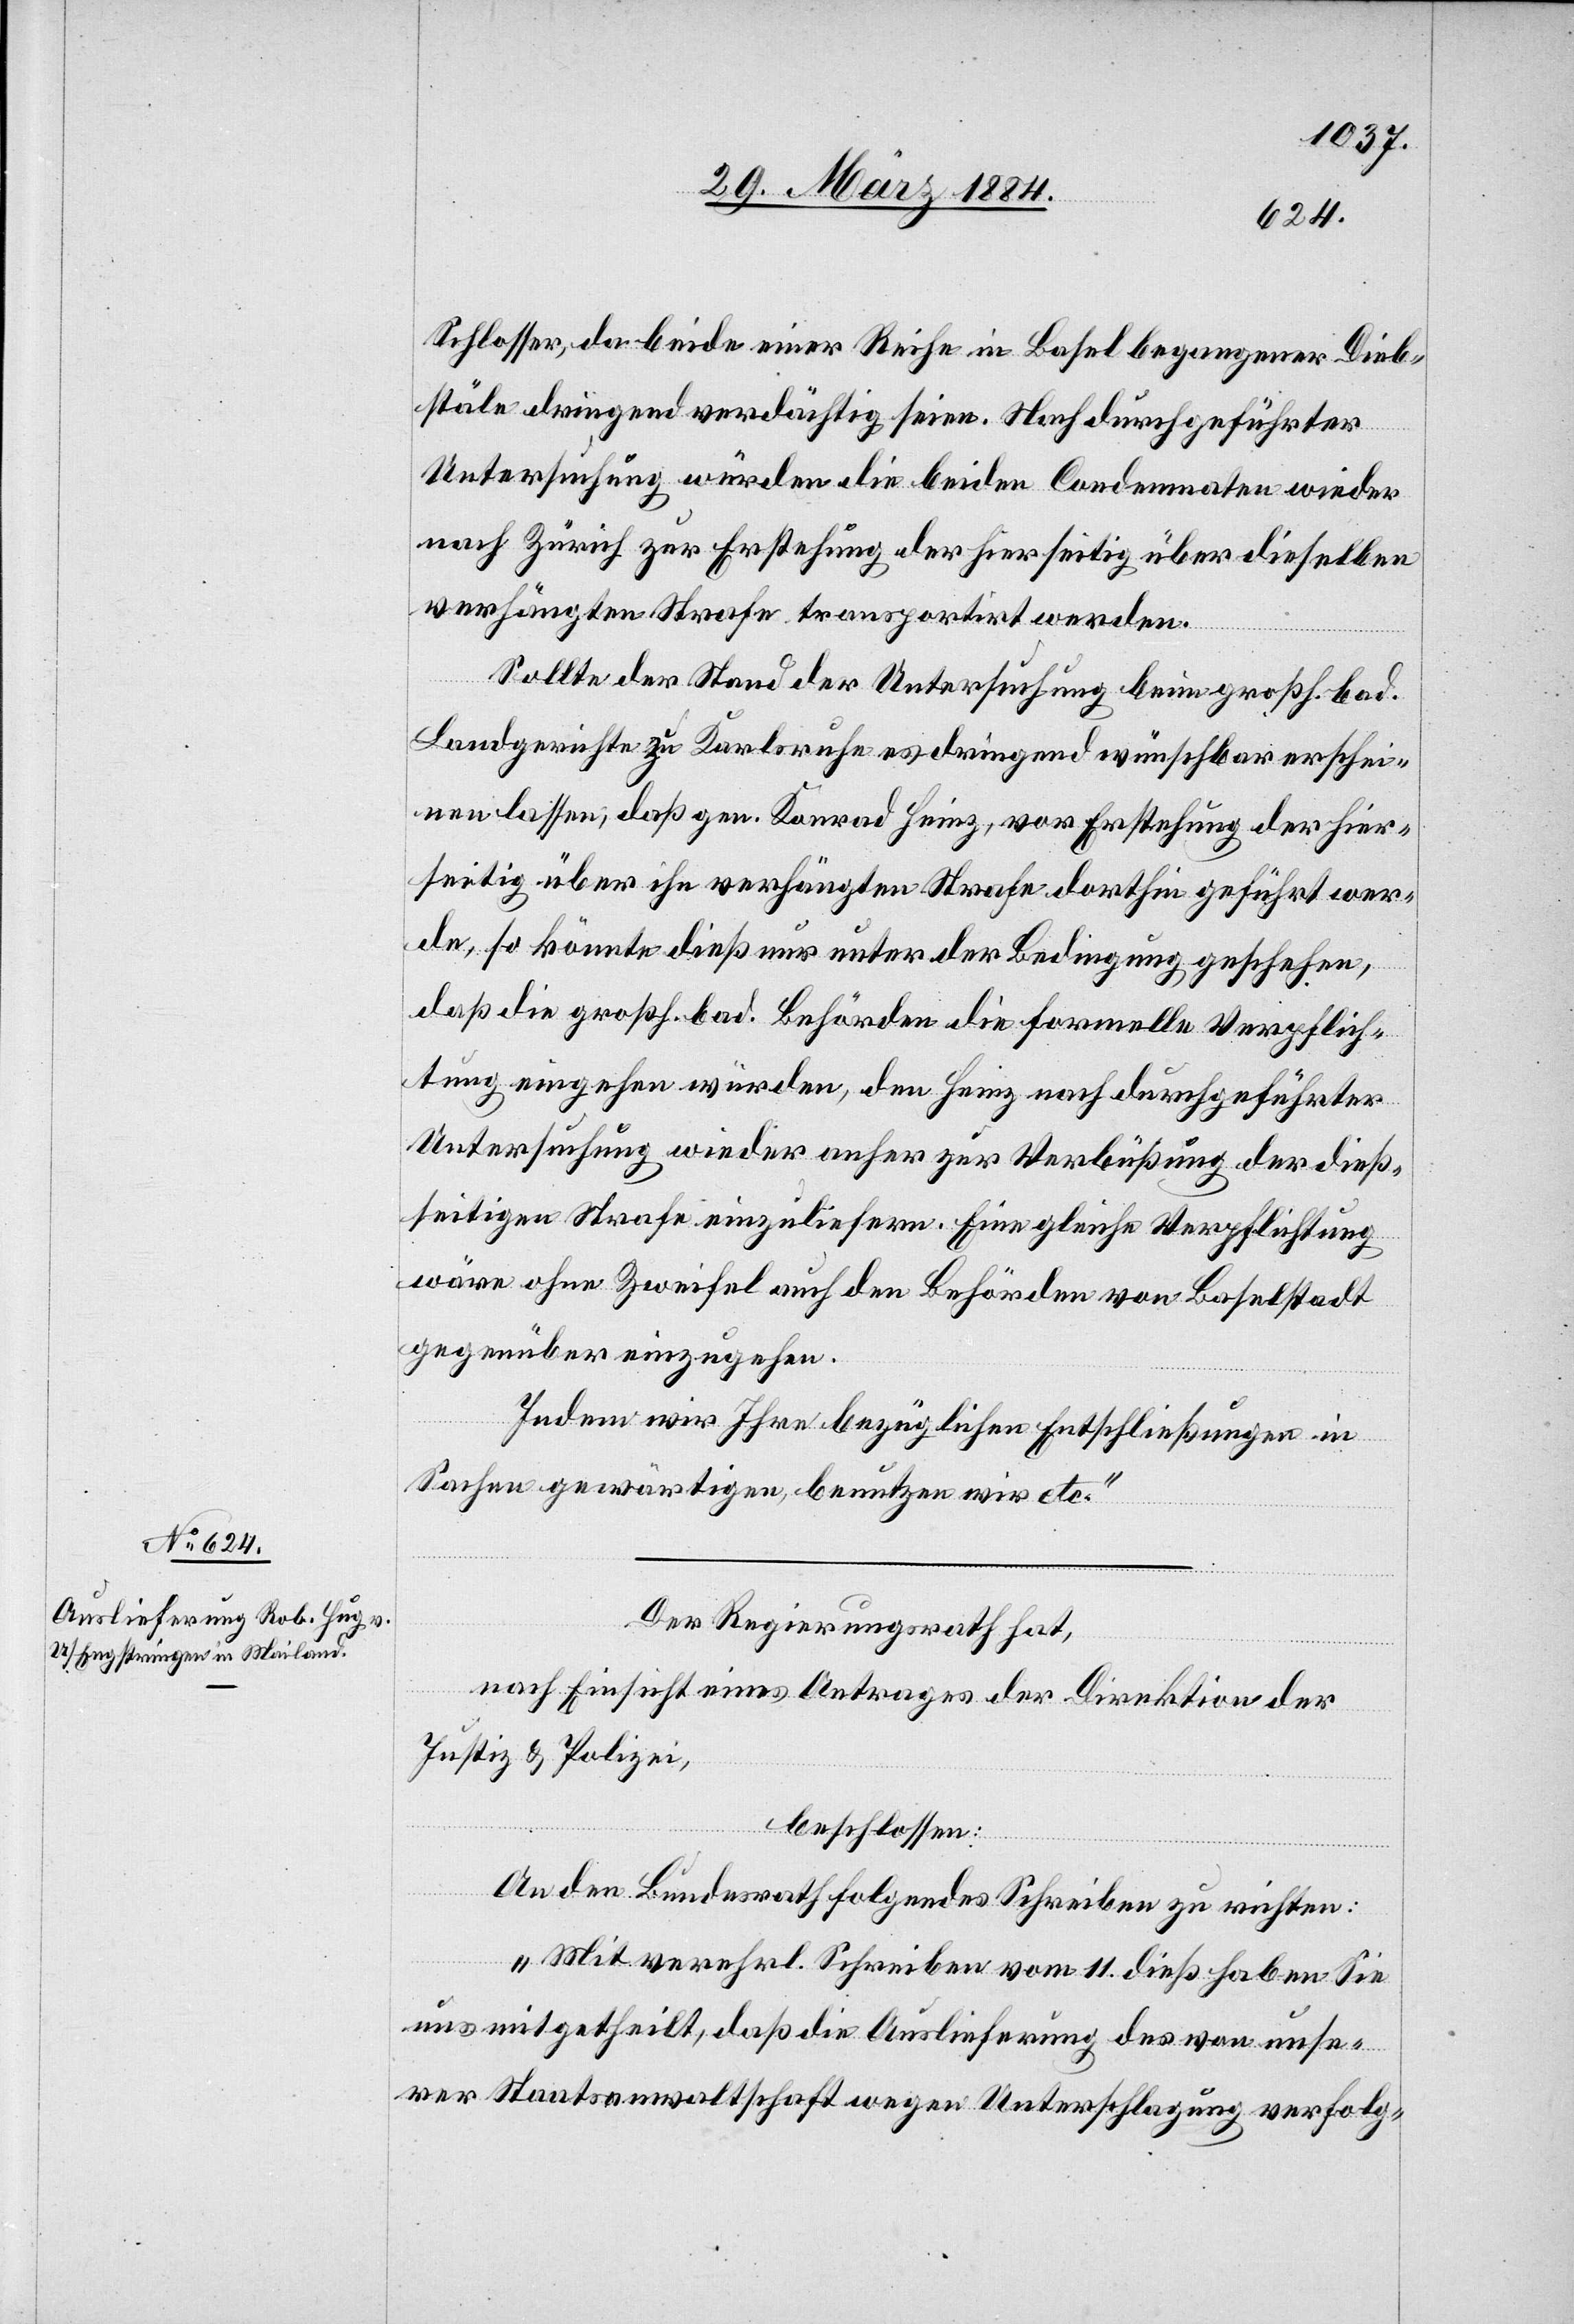
Schlosser, da beide einer Reihe in Basel begangener Dieb¬
stäle dringend verdächtig seien. Nach durchgeführter
Untersuchung würden die beiden Condemnaten wieder
nach Zürich zur Erstehung der hierseitig über dieselben
verhängten Strafe transportirt werden.
Sollte der Stand der Untersuchung beim großh. bad.
Landgericht zu Karlsruhe es dringend wünschbar erschei¬
nen lassen, daß gen. Konrad Heinz, vor Erstehung der hier¬
seitigen über ihn verhängten Strafe dorthin geführt wer¬
de, so könnte dieß nur unter der Bedingung geschehen,
daß die großh. bad. Behörden die formelle Verpflich¬
tung eingehen würden, den Heinz nach durchgeführter
Untersuchung wieder anher zur Verbüßung der dies¬
seitigen Strafe einzuliefern. Eine gleiche Verpflichtung
wäre ohne Zweifel auch den Behörden von Baselstadt
gegenüber einzugehen.
Indem wir Ihre bezüglichen Entschließungen in
Sachen gewärtigen benutzen wir etc.“
Der Regierungsrath hat,
nach Einsicht eines Antrages der Direktion der
Justiz & Polizei,
beschlossen:
An den Bundesrath folgendes Schreiben zu richten:
„Mit verehrl. Schreiben vom 11. dieß haben Sie
uns mitgetheilt, daß die Auslieferung des von unse¬
rer Staatsanwaltschaft wegen Unterschlagung verfolg-